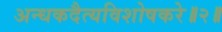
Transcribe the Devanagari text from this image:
अन्धकदैत्यविशोषकरे॥२॥